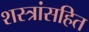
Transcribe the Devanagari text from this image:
शस्त्रांसहित